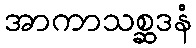
အာကာသစ္ဆဒနံ